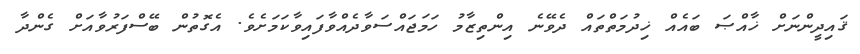
ޤައިދީންނަށް ޚާއްޞަ ބައެއް ޚިދުމަތްތައް ދެވޭނެ އިންތިޒާމު ހަމަޖައްސަވާދެއްވާފައިވާކަމަށެވެ. އެގޮތުން ބޭސްފަރުވާއަށް ގެންދާ